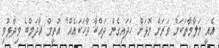
އެއީ މަލާމާތަކަށް ވަރަށް މޮޅަށް ހަދައިގެން ދައްކާ ވާހަކައެއް" އުތީމް އާދަމްބެ ވިދާޅުވި